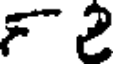
F2